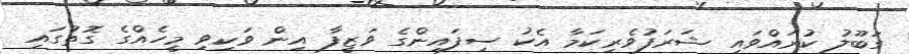
ގަބޫލު ކުރައްވައި ޝަރަފުވެރިކަމާ އެކު ސިފައިންގެ ވަޒީފާ އިން ވަކިވި މީހެއްގެ ގޮތުގައި